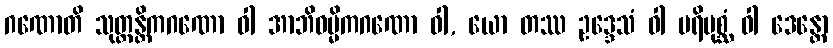
ဂဏောတိ သုတ္တန္တိကဂဏော ဝါ အာဘိဓမ္မိကဂဏော ဝါ, ယော တဿ ဥဒ္ဒေသံ ဝါ ပရိပုစ္ဆံ ဝါ ဒေန္တော